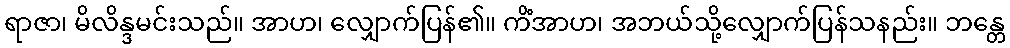
ရာဇာ၊ မိလိန္ဒမင်းသည်။ အာဟ၊ လျှောက်ပြန်၏။ ကိံအာဟ၊ အဘယ်သို့လျှောက်ပြန်သနည်း။ ဘန္တေ